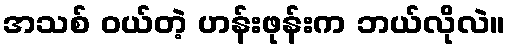
အသစ် ဝယ်တဲ့ ဟန်းဖုန်းက ဘယ်လိုလဲ။